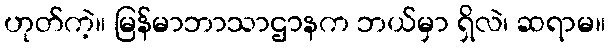
ဟုတ်ကဲ့။ မြန်မာဘာသာဌာနက ဘယ်မှာ ရှိလဲ၊ ဆရာမ။